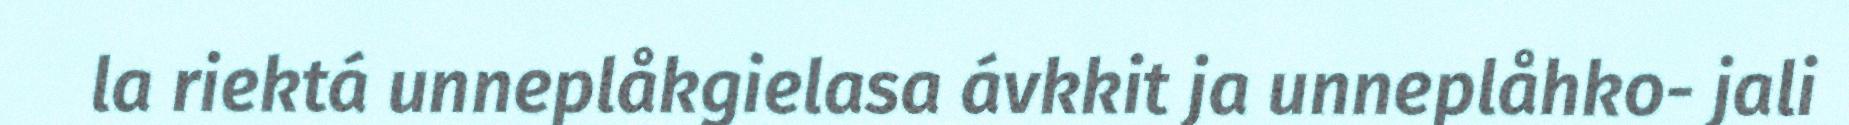
la riektá unneplåkgielasa ávkkit ja unneplåhko- jali